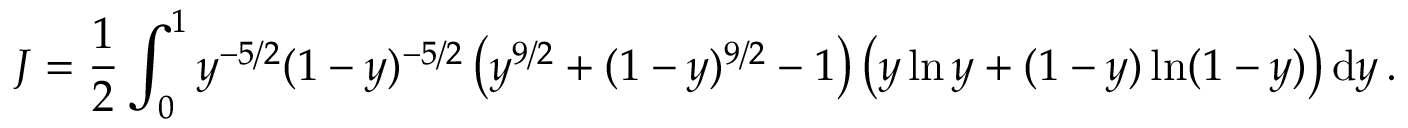
J = \frac { 1 } { 2 } \int _ { 0 } ^ { 1 } y ^ { - 5 / 2 } ( 1 - y ) ^ { - 5 / 2 } \left( y ^ { 9 / 2 } + ( 1 - y ) ^ { 9 / 2 } - 1 \right) \left( y \ln y + ( 1 - y ) \ln ( 1 - y ) \right) \mathrm { d } y \, .